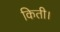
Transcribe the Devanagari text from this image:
किती।